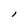
Character: l